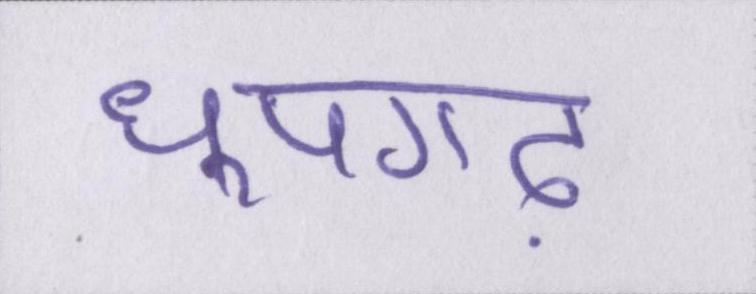
धूपगढ़